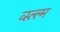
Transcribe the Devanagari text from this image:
व्स्ल्ल्म